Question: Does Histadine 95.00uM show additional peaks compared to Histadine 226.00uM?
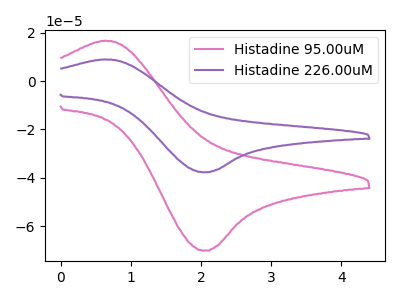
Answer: <think>The pink curve "Histadine 95.00uM" has an anodic peak at (0.65V, 16.75uA) and a cathodic peak at (2.05V, -70.20uA). The purple curve "Histadine 226.00uM" has an anodic peak at (0.65V, 9.00uA) and a cathodic peak at (2.05V, -37.70uA).
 All the peaks in "Histadine 95.00uM" have a peak in "Histadine 226.00uM" at the same potential. Every peak in "Histadine 95.00uM" is higher than every peak in "Histadine 226.00uM".</think>
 <answer>No, "Histadine 95.00uM" and "Histadine 226.00uM" don't appear to be significantly different in shape</answer>
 <eval>no_change</eval>